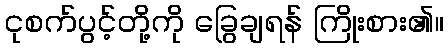
ငုစက်ပွင့်တို့ကို ခြွေချရန် ကြိုးစား၏။